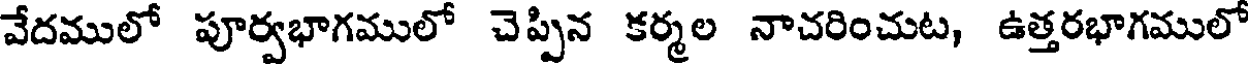
వేదములో పూర్వభాగములో చెప్పిన కర్మల నాచరించుట, ఉత్తరభాగములో